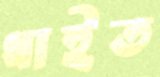
ধাইত